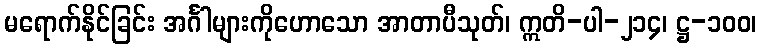
မရောက်နိုင်ခြင်း အင်္ဂါများကိုဟောသော အာတာပီသုတ်၊ ဣတိ-ပါ-၂၁၄၊ ဋ္ဌ-၁၀၀၊